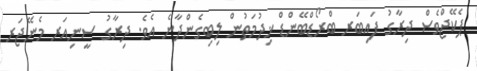
ޕެކޭޖްވެސް ދިރާގު ފައިބަރ ބްރޯޑްބޭންޑް ޚިދުމަތުން ލިބިގެންދާނެ އެވެ. ދިރާގު ސީނިއަރ މެނޭޖަރ